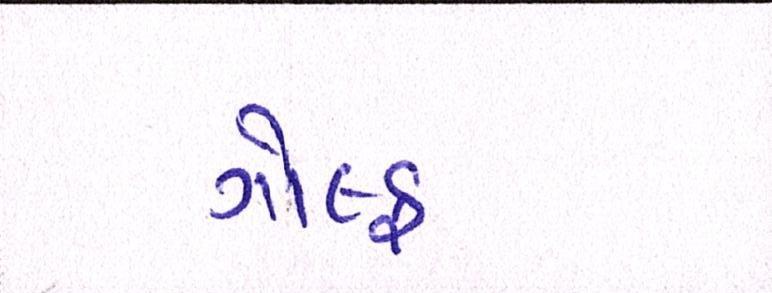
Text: ગોલ્ફ